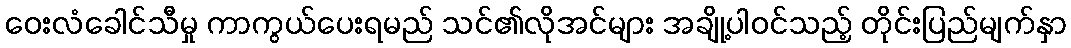
ဝေးလံခေါင်သီမှု ကာကွယ်ပေးရမည် သင်၏လိုအင်များ အချို့ပါဝင်သည့် တိုင်းပြည်မျက်နှာ